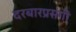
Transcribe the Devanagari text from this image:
दरबारप्रसंगी